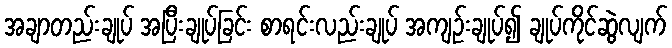
အချာတည်းချုပ် အပြီးချုပ်ခြင်း စာရင်းလည်းချုပ် အကျဉ်းချုပ်၍ ချုပ်ကိုင်ဆွဲလျက်